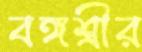
বঙ্গশ্রীর